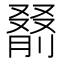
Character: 𪠰